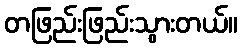
တဖြည်းဖြည်းသွားတယ်။